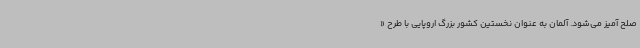
صلح آمیز می‌شود. آلمان به عنوان نخستین کشور بزرگ اروپایی با طرح «